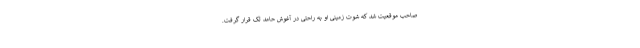
صاحب موقعیت شد که شوت زمینی او به راحتی در آغوش حامد لک قرار گرفت.